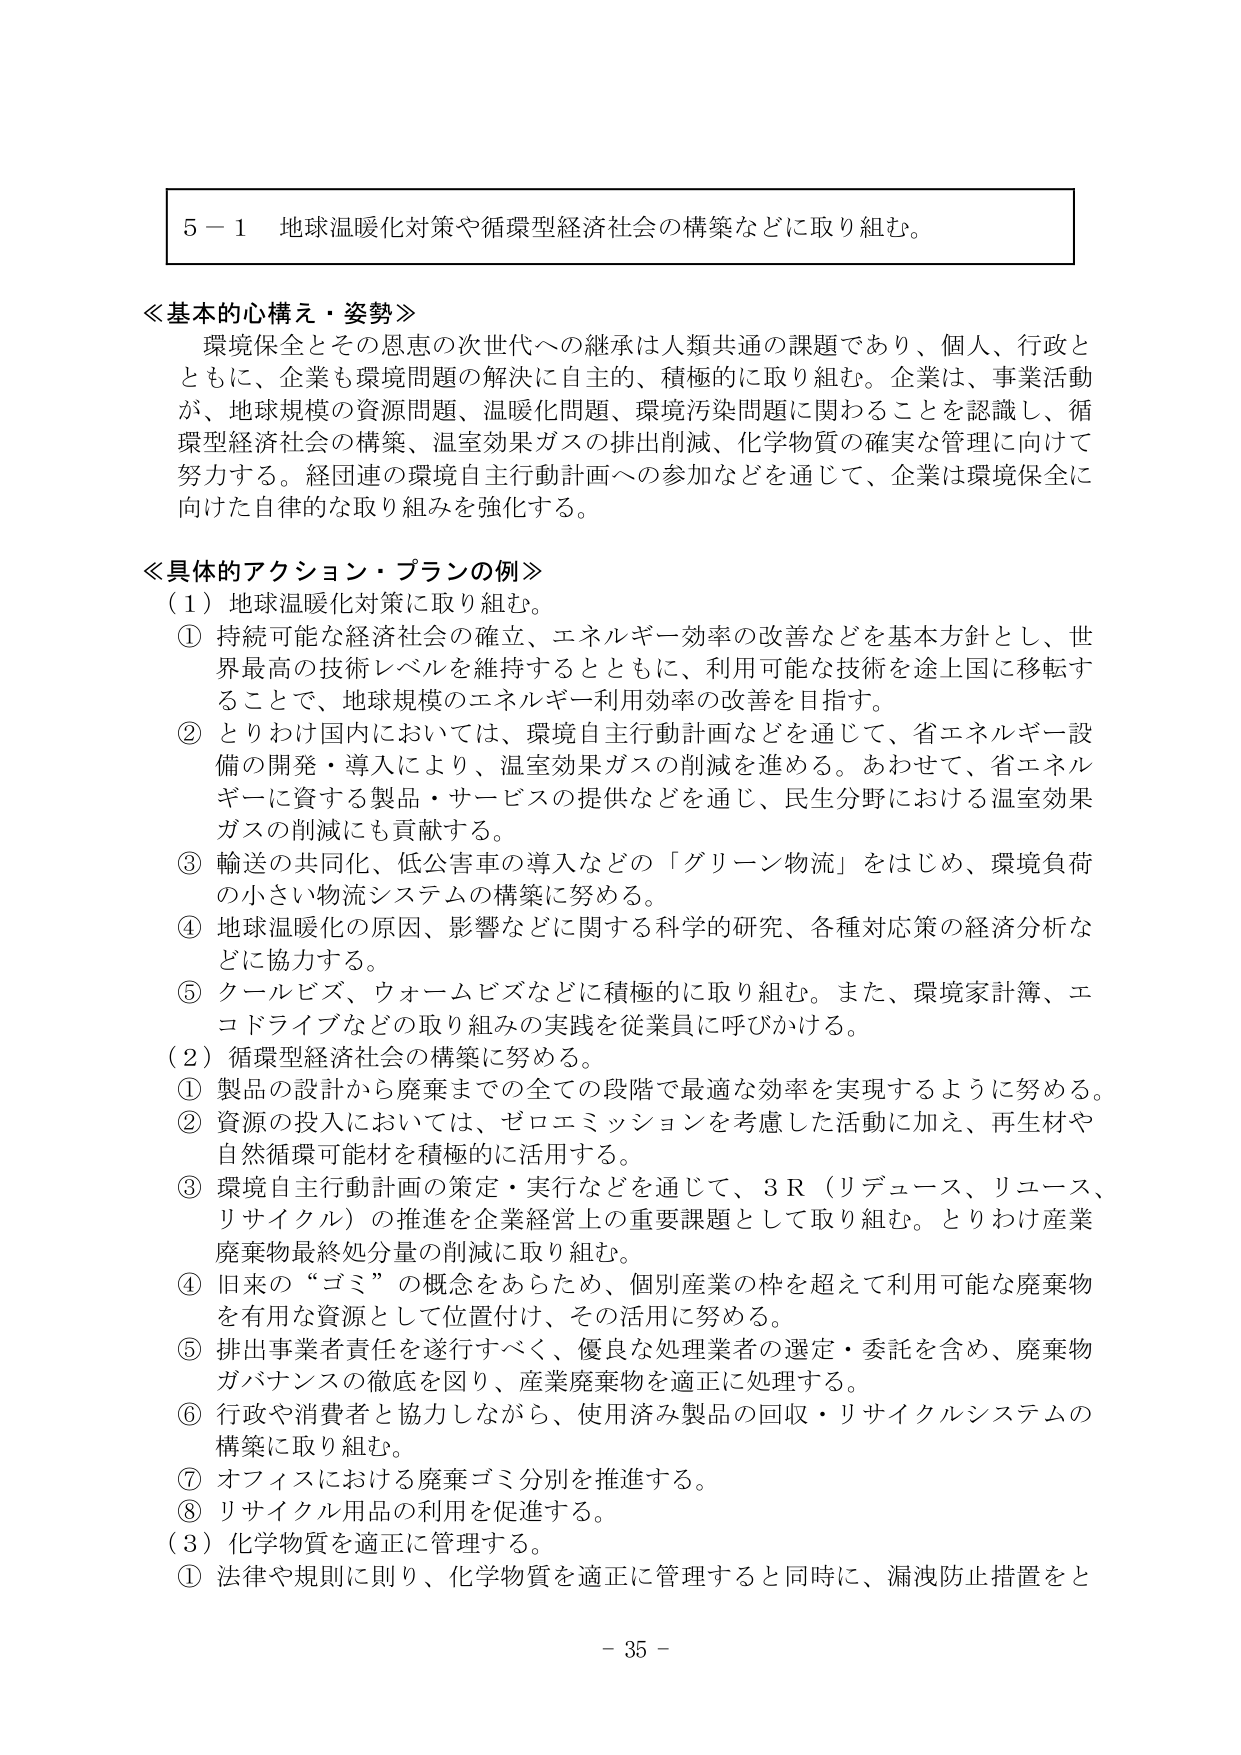
5－1 地球温暖化対策や循環型経済社会の構築などに取り組む。

≪基本的心構え・姿勢≫
環境保全とその恩恵の次世代への継承は人類共通の課題であり、個人、行政とともに、企業も環境問題の解決に自主的、積極的に取り組む。企業は、事業活動が、地球規模の資源問題、温暖化問題、環境汚染問題に関わることを認識し、循環型経済社会の構築、温室効果ガスの排出削減、化学物質の確実な管理に向けて努力する。経団連の環境自主行動計画への参加などを通じて、企業は環境保全に向けた自律的な取り組みを強化する。

≪具体的アクション・プランの例≫
（1）地球温暖化対策に取り組む。
① 持続可能な経済社会の確立、エネルギー効率の改善などを基本方針とし、世界最高の技術レベルを維持するとともに、利用可能な技術を途上国に移転することで、地球規模のエネルギー利用効率の改善を目指す。
② とりわけ国内においては、環境自主行動計画などを通じて、省エネルギー設備の開発・導入により、温室効果ガスの削減を進める。あわせて、省エネルギーに資する製品・サービスの提供などを通じ、民生分野における温室効果ガスの削減にも貢献する。
③ 輸送の共同化、低公害車の導入などの「グリーン物流」をはじめ、環境負荷の小さい物流システムの構築に努める。
④ 地球温暖化の原因、影響などに関する科学的研究、各種対応策の経済分析などに協力する。
⑤ クールビズ、ウォームビズなどに積極的に取り組む。また、環境家計簿、エコドライブなどの取り組みの実践を従業員に呼びかける。
（2）循環型経済社会の構築に努める。
① 製品の設計から廃棄までの全ての段階で最適な効率を実現するように努める。
② 資源の投入においては、ゼロエミッションを考慮した活動に加え、再生材や自然循環可能材を積極的に活用する。
③ 環境自主行動計画の策定・実行などを通じて、3R（リデュース、リユース、リサイクル）の推進を企業経営上の重要課題として取り組む。とりわけ産業廃棄物最終処分量の削減に取り組む。
④ 旧来の“ゴミ”の概念をあらため、個別産業の枠を超えて利用可能な廃棄物を有用な資源として位置付け、その活用に努める。
⑤ 排出事業者責任を遂行すべく、優良な処理業者の選定・委託を含め、廃棄物ガバナンスの徹底を図り、産業廃棄物を適正に処理する。
⑥ 行政や消費者と協力しながら、使用済み製品の回収・リサイクルシステムの構築に取り組む。
⑦ オフィスにおける廃棄ゴミ分別を推進する。
⑧ リサイクル用品の利用を促進する。
（3）化学物質を適正に管理する。
① 法律や規則に則り、化学物質を適正に管理すると同時に、漏洩防止措置をと

－ 35 －